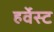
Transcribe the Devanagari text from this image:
हर्वेस्ट